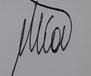
Signature authenticity: genuine